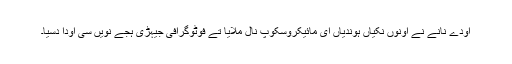
اودے نانے نے اونوں نکیاں ہوندیاں ای مائیکروسکوپ نال ملایا تے فوٹوگرافی جیہڑی ہجے نویں سی اودا دسیا۔